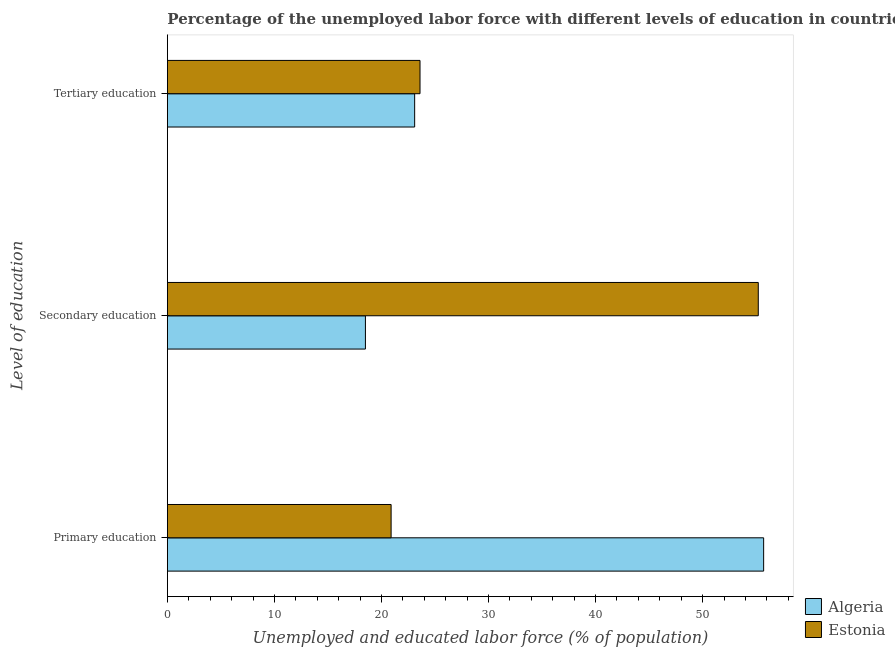
| Level of education | Algeria | Estonia |
 | --- | --- | --- |
 | Primary education | 55.7 | 20.9 |
 | Secondary education | 18.5 | 55.2 |
 | Tertiary education | 23.1 | 23.6 |